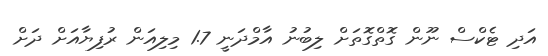
އަދި ޓެކްސް ނޫން ގޮތްގޮތަށް ލިބުނު އާމްދަނީ 1.7 މިލިއަން ރުފިޔާއަށް ދަށް